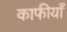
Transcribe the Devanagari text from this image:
काफीयाँ